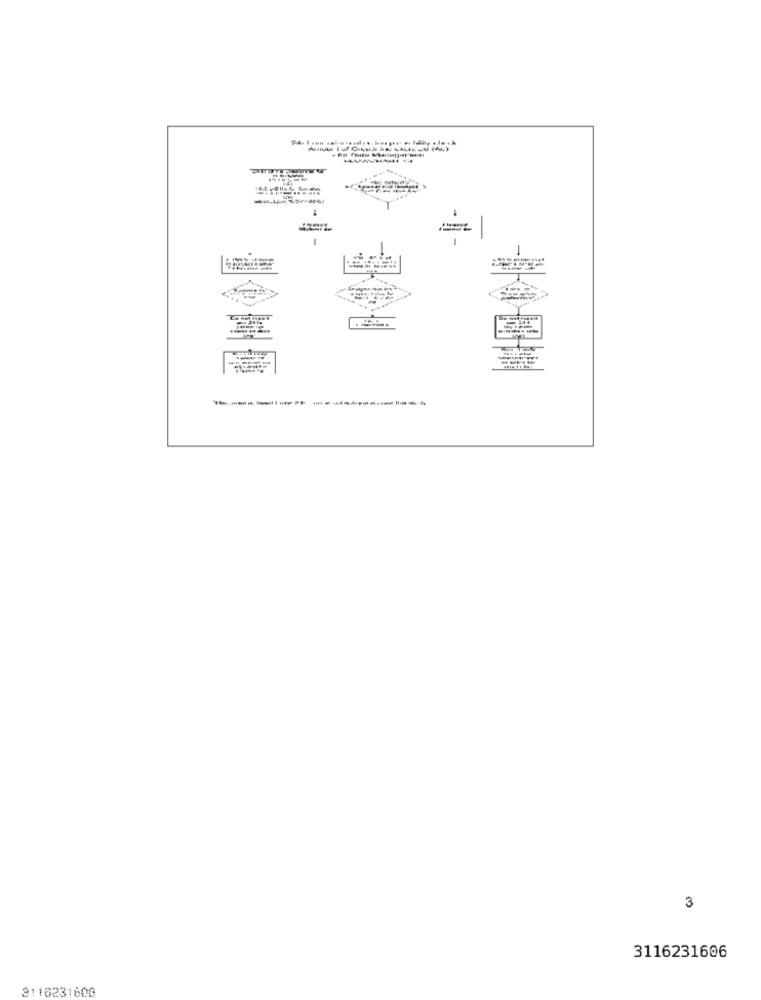
N (AL)
LLUWYHA
3
3116231606
3110231600